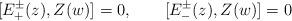
LaTeX: \begin{align*}[E^\pm_+(z),Z(w)]=0, \qquad[E^\pm_-(z),Z(w)]=0\end{align*}